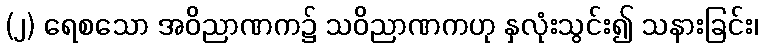
(၂) ရေစသော အဝိညာဏက၌ သဝိညာဏကဟု နှလုံးသွင်း၍ သနားခြင်း၊